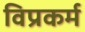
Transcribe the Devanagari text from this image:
विप्रकर्म